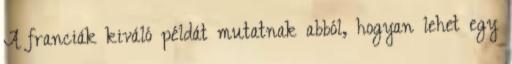
A franciák kiváló példát mutatnak abból, hogyan lehet egy